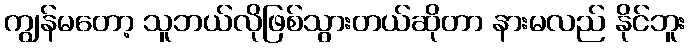
ကျွန်မတော့ သူဘယ်လိုဖြစ်သွားတယ်ဆိုတာ နားမလည် နိုင်ဘူး